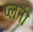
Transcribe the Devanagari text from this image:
प्लनी